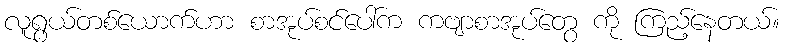
လူရွယ်တစ်ယောက်ဟာ စာအုပ်စင်ပေါ်က ကဗျာစာအုပ်တွေ ကို ကြည့်နေတယ်။